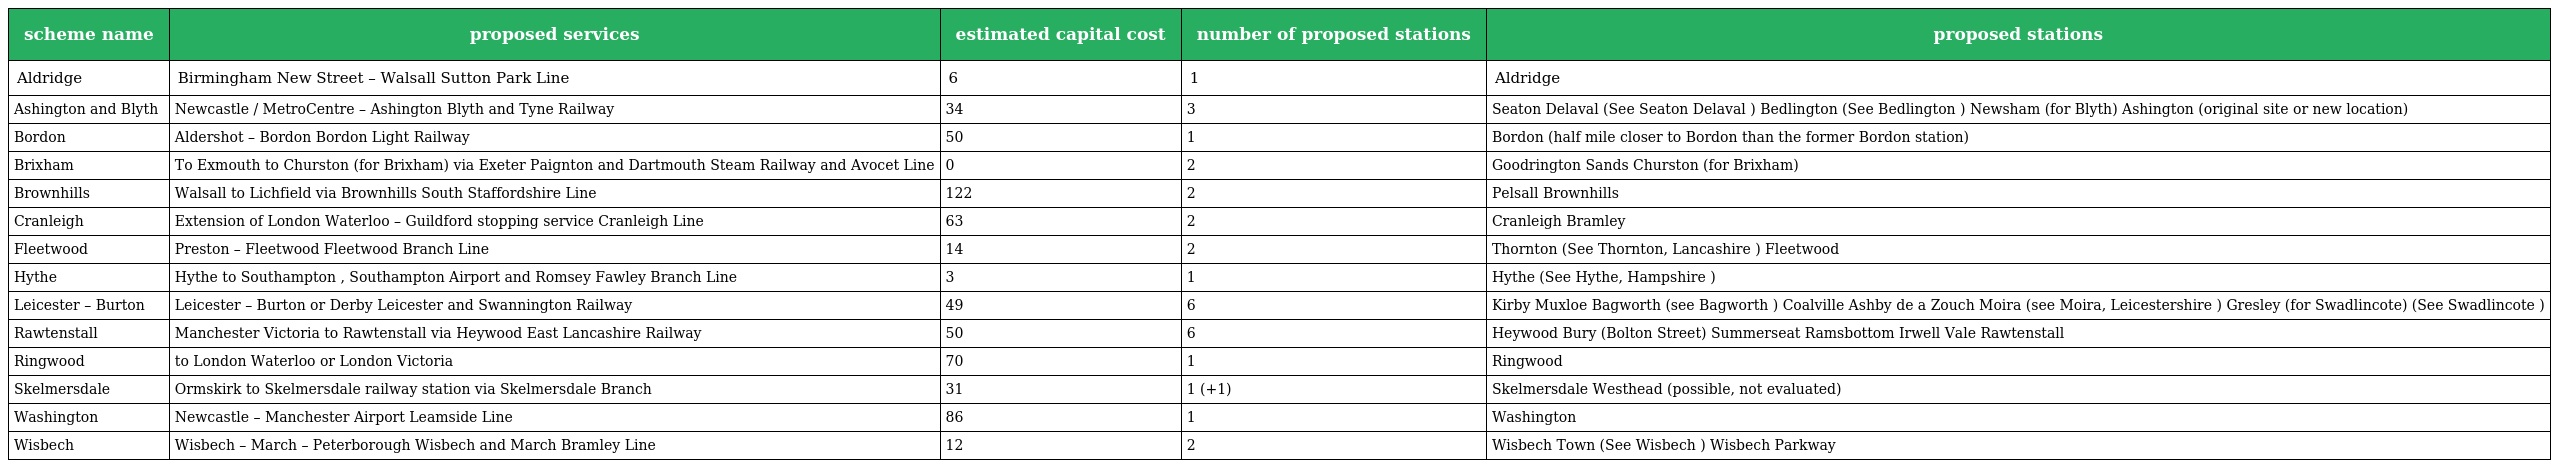
| scheme name | proposed services | estimated capital cost | number of proposed stations | proposed stations |
 | --- | --- | --- | --- | --- |
 | Aldridge | Birmingham New Street – Walsall Sutton Park Line | 6 | 1 | Aldridge |
 | Ashington and Blyth | Newcastle / MetroCentre – Ashington Blyth and Tyne Railway | 34 | 3 | Seaton Delaval (See Seaton Delaval ) Bedlington (See Bedlington ) Newsham (for Blyth) Ashington (original site or new location) |
 | Bordon | Aldershot – Bordon Bordon Light Railway | 50 | 1 | Bordon (half mile closer to Bordon than the former Bordon station) |
 | Brixham | To Exmouth to Churston (for Brixham) via Exeter Paignton and Dartmouth Steam Railway and Avocet Line | 0 | 2 | Goodrington Sands Churston (for Brixham) |
 | Brownhills | Walsall to Lichfield via Brownhills South Staffordshire Line | 122 | 2 | Pelsall Brownhills |
 | Cranleigh | Extension of London Waterloo – Guildford stopping service Cranleigh Line | 63 | 2 | Cranleigh Bramley |
 | Fleetwood | Preston – Fleetwood Fleetwood Branch Line | 14 | 2 | Thornton (See Thornton, Lancashire ) Fleetwood |
 | Hythe | Hythe to Southampton , Southampton Airport and Romsey Fawley Branch Line | 3 | 1 | Hythe (See Hythe, Hampshire ) |
 | Leicester – Burton | Leicester – Burton or Derby Leicester and Swannington Railway | 49 | 6 | Kirby Muxloe Bagworth (see Bagworth ) Coalville Ashby de a Zouch Moira (see Moira, Leicestershire ) Gresley (for Swadlincote) (See Swadlincote ) |
 | Rawtenstall | Manchester Victoria to Rawtenstall via Heywood East Lancashire Railway | 50 | 6 | Heywood Bury (Bolton Street) Summerseat Ramsbottom Irwell Vale Rawtenstall |
 | Ringwood | to London Waterloo or London Victoria | 70 | 1 | Ringwood |
 | Skelmersdale | Ormskirk to Skelmersdale railway station via Skelmersdale Branch | 31 | 1 (+1) | Skelmersdale Westhead (possible, not evaluated) |
 | Washington | Newcastle – Manchester Airport Leamside Line | 86 | 1 | Washington |
 | Wisbech | Wisbech – March – Peterborough Wisbech and March Bramley Line | 12 | 2 | Wisbech Town (See Wisbech ) Wisbech Parkway |